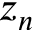
z _ { n }